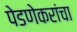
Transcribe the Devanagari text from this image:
पेडणेकरांचा